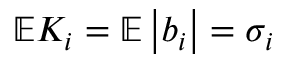
\mathbb { E } K _ { i } = \mathbb { E } \left| b _ { i } \right| = \sigma _ { i }